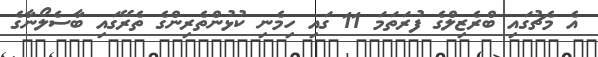
އެ މެޗުގައި ބްރެޒިލްގެ ފުރަތަމަ 11 ގައި ހިމެނި ކުޅުންތެރިންގެ ތެރޭގައި ބާސެލޯނާގެ